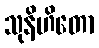
သုနိဟိတော